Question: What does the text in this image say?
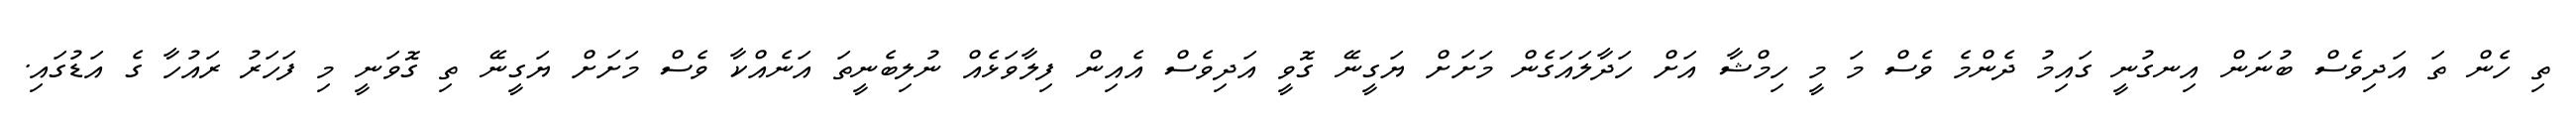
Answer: ތި ހެން ތަ އަދިވެސް ބުނަން އިނގުނީ ގައިމު ދެންމެ ވެސް މަ މީ ހިމްޝާ އަށް ހަދާލައަގެން މަށަށް ޔަގީނޭ ގޮވީ އަދިވެސް އެއިން ފިލާވަޅެއް ނުލިބެނީތަ އަނެއްކާ ވެސް މަށަށް ޔަގީނޭ ތި ގޮވަނީ މި ފަހަރު ރައުހާ ގެ އަޑުގައި.